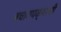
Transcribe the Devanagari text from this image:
बचावपक्षाची